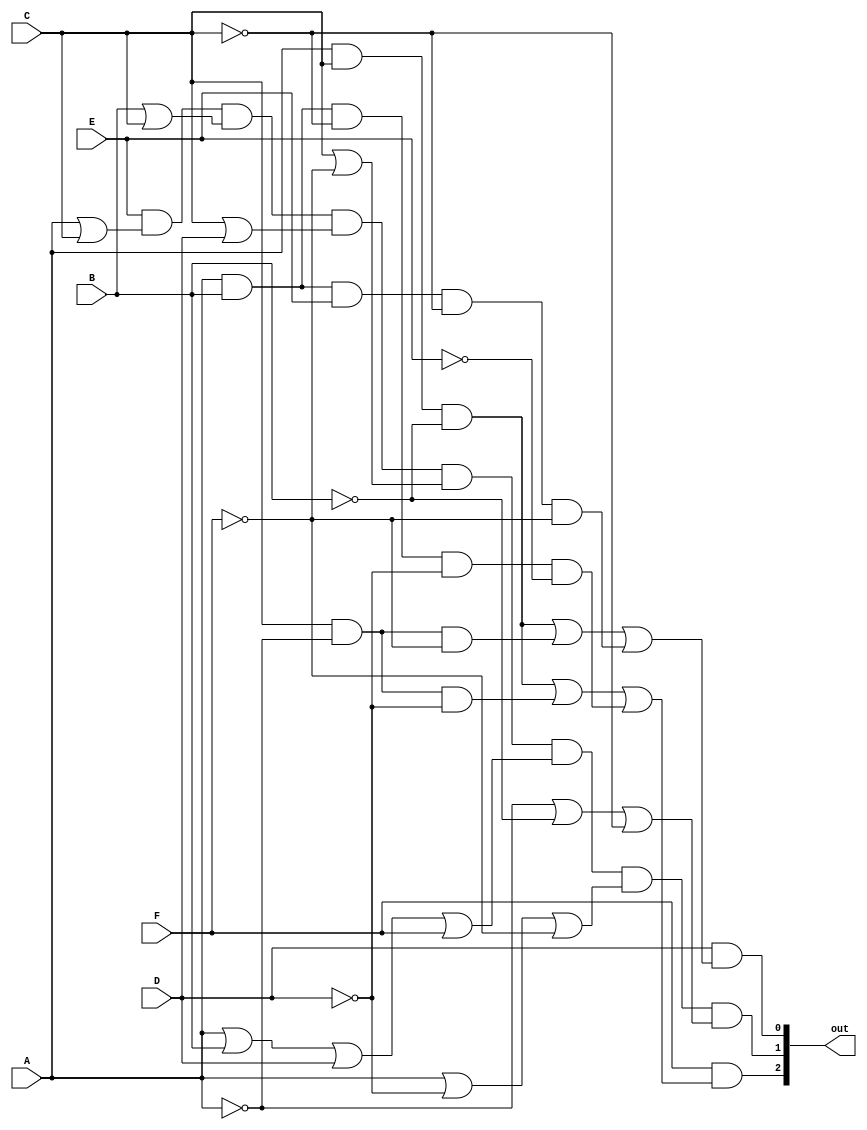
module ver_fun( out, A, B, C, D, E, F);
   input A, B, C, D, E, F; // ENTRADAS DO MODULO RELACIONADAS AO PERFIL E FUNCIONALIDADE ESCOLHIDOS PELA INTERFACE
   output [2:0] out; // SAIDAS DO MODULO RELACIONADAS A FUNCIONALIDADE INSERIDA, CASO O PERFIL TENHA ACESSO A FUNCIONALIDADE
							// A SAIDA  APENAS A COPIA DA FUNCIONALIDADE INSERIDA, MAS CASO O PERFIL NO TENHA ACESSO A SAIDA FICA 0 0 0
	wire A_not, B_not, C_not, D_not, E_not, F_not; // FIOS USADOS NAS PORTAS INVERSORAS
	
	// FIOS DE SUPORTE PARA LIGAR AS PORTAS LOGICAS INTERMEDIARIAS
	wire SUP0, SUP1, SUP2, SUP3, SUP4, SUP5, SUP6, SUP7, SUP8, SUP9, SUP10, SUP11, SUP12, SUP13, SUP14, SUP15;

	// PORTAS LOGICAS INVERSORAS PARA TODAS A ENTRADAS
	not A_inv (A_not, A);
	not B_inv (B_not, B);
	not C_inv (C_not, C);
	not D_inv (D_not, D);
	not E_inv (E_not, E);
	not F_inv (F_not, F);

	// PORTAS LOGICAS UTILIZADAS PARA CONCEDER O RESULTADO DA PRIMEIRA SAIDA DO MODULO
	and And0 (SUP0, A, C, B_not);
	and And1 (SUP1, C, A_not, F_not) ;
	and And2 (SUP2, A, B, E, C_not, F_not);
	or Or0 (SUP4, SUP0, SUP1, SUP2);
	and And3 (out[0], D, SUP4);
	// PORTAS LOGICAS UTILIZADAS PARA CONCEDER O RESULTADO DA SEGUNDA SAIDA DO MODULO
	or Or1 (SUP5, A, C);
	or Or2 (SUP6, B, C);
	or Or3 (SUP7, C, D);
	or Or4 (SUP8, C, F_not);
	or Or5 (SUP9, A, B, D, F);
	or Or6 (SUP10, A, D_not, F_not);
	or Or7 (SUP11, A_not, B_not, C_not);
	and And4 (out[1], E, SUP5, SUP6, SUP7, SUP8, SUP9, SUP10, SUP11);
	// PORTAS LOGICAS UTILIZADAS PARA CONCEDER O RESULTADO DA TERCEIRA SAIDA DO MODULO
	and And5 (SUP12, A, C, B_not);
	and And6 (SUP13, C, A_not, D_not);
	and And7 (SUP14, A, B, C_not, D_not, E_not);
	or Or8 (SUP15, SUP12, SUP13, SUP14);
	and And8 (out[2], F, SUP15);
endmodule